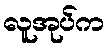
လူအုပ်က